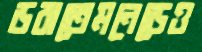
ডরাতেমনেড়েও